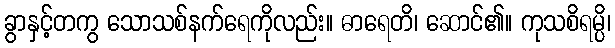
ခွာနှင့်တကွ သောသစ်နက်ရေကိုလည်း။ ဓာရေတိ၊ ဆောင်၏။ ကုသစိရမ္ပိ၊